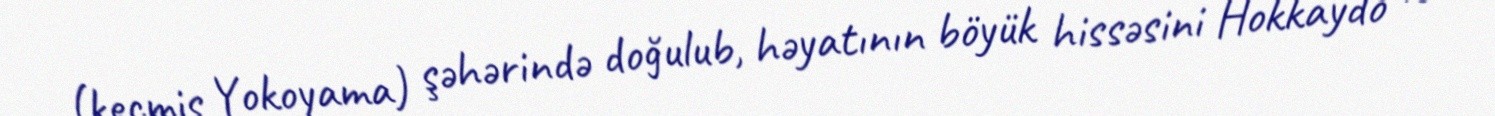
(keçmiş Yokoyama) şəhərində doğulub, həyatının böyük hissəsini Hokkaydo və